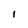
Character: 1